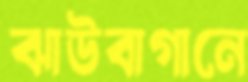
ঝাউবাগানে